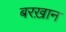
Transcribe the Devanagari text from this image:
बरख़ान